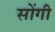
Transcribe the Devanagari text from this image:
सोंगी